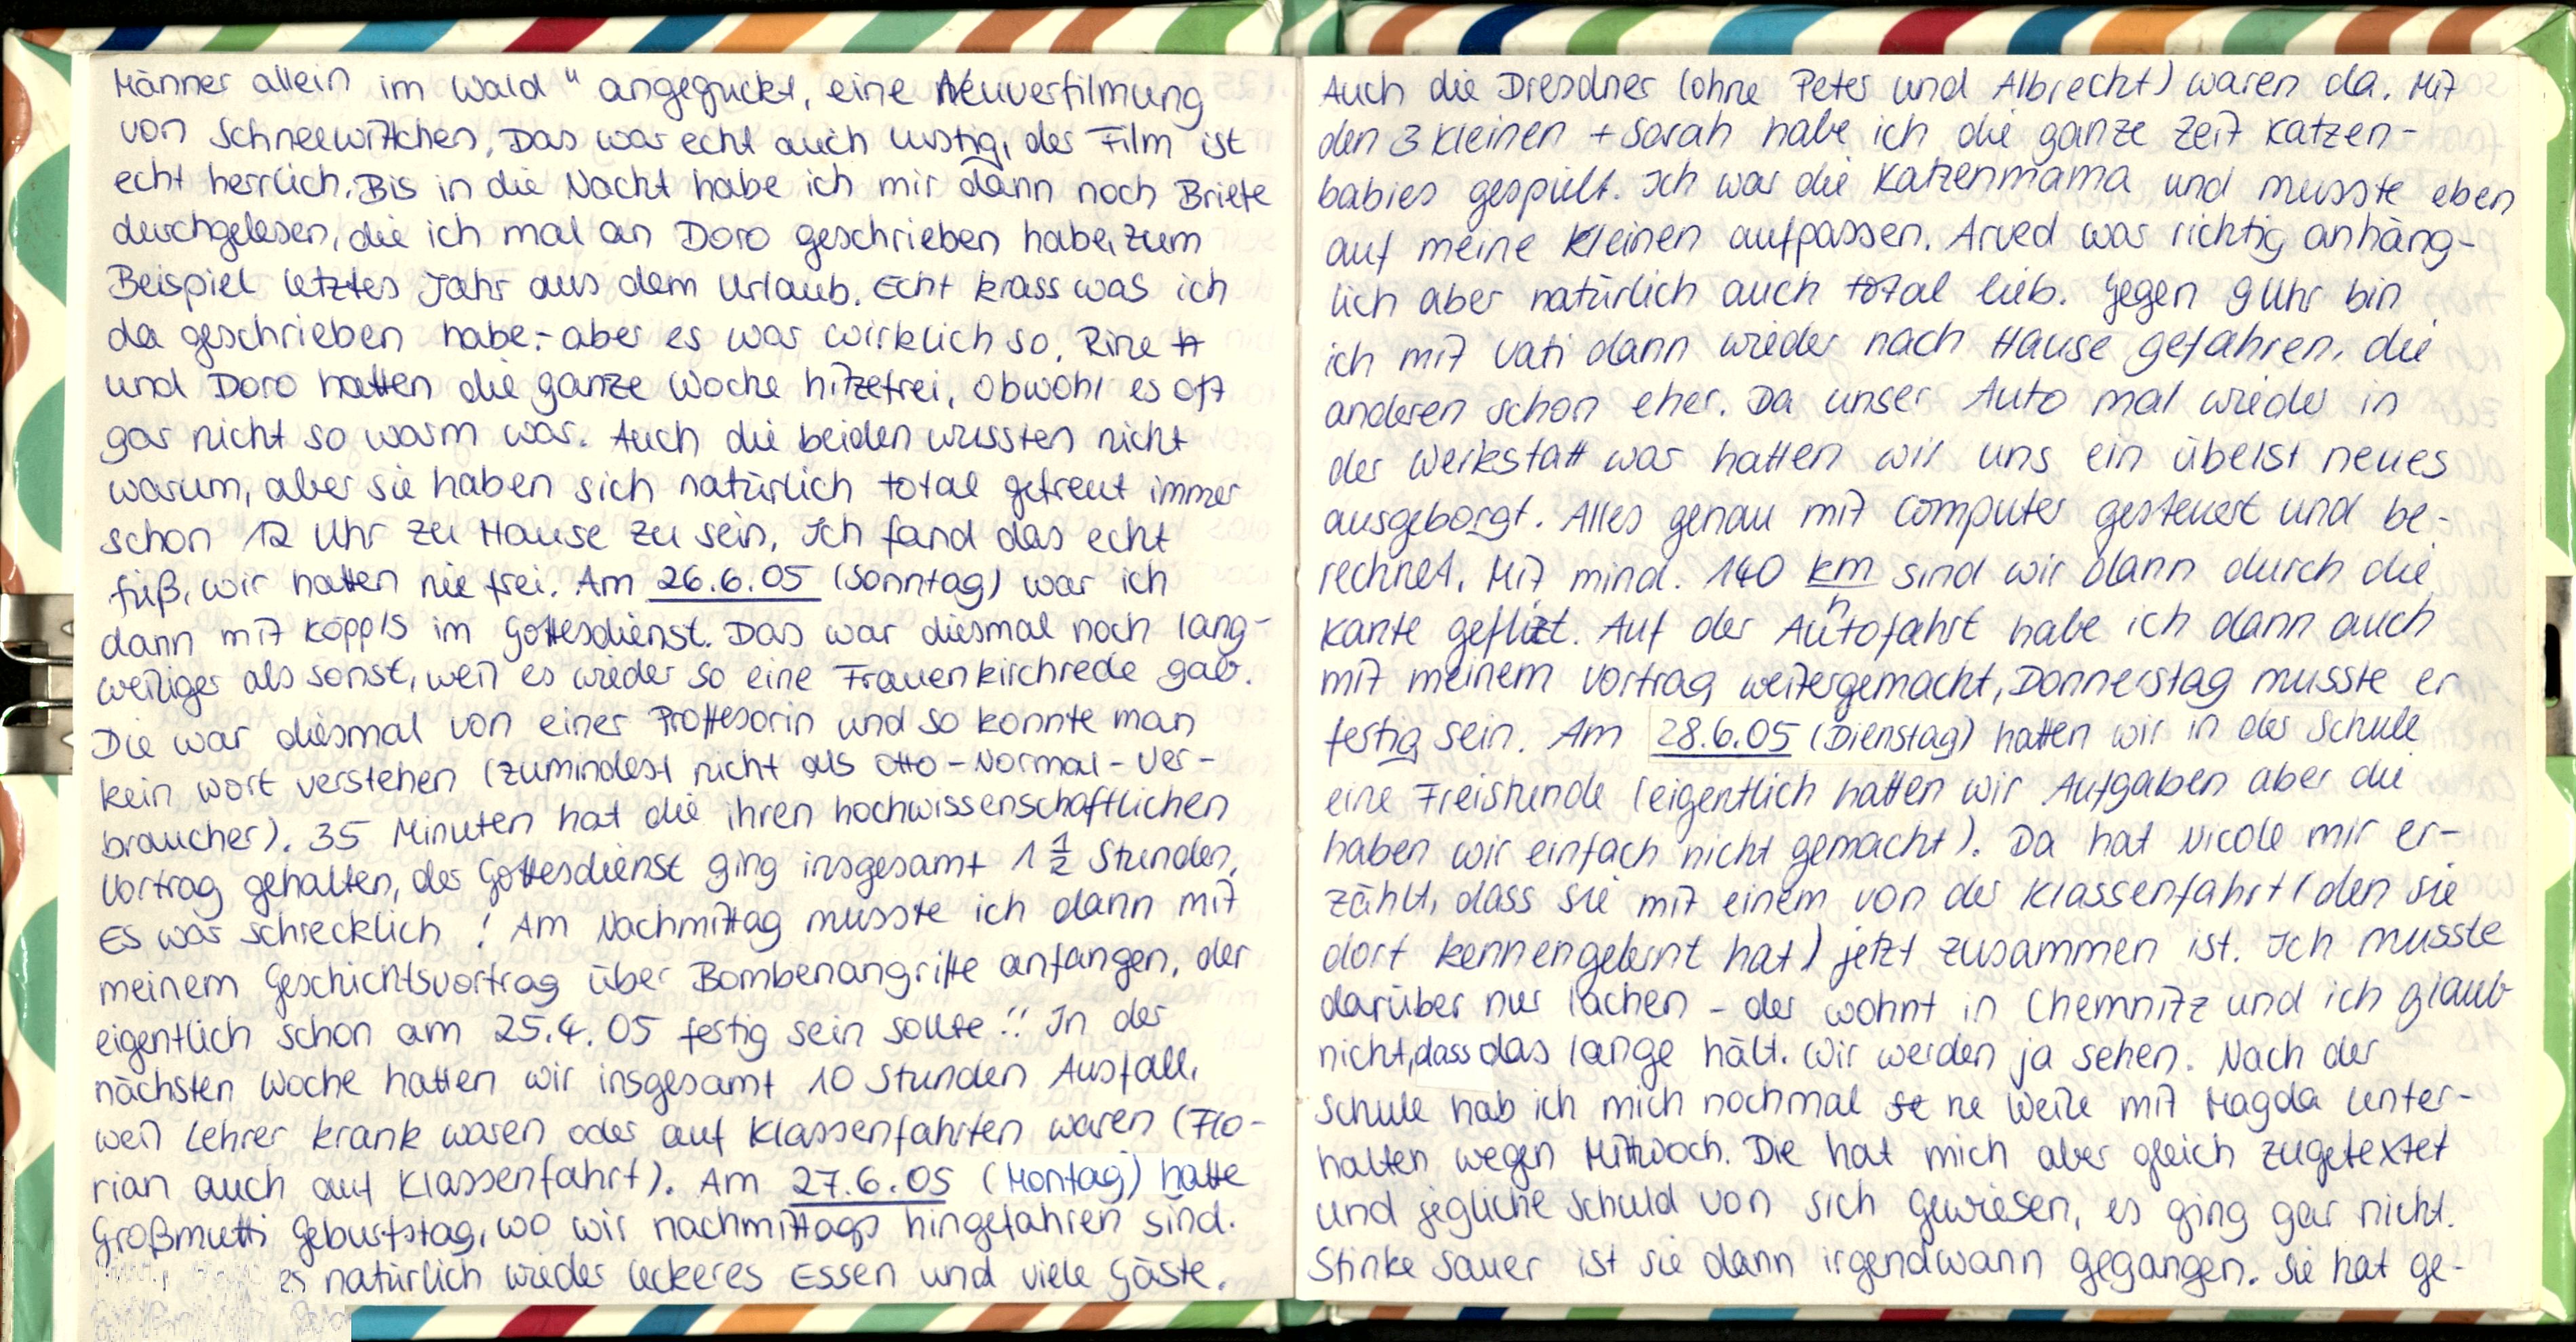
Männer allein im Wald" angeguckt, eine Neuverfilmung
von Schneewittchen. Das war echt auch lustig, der Film ist
echt herrlich. Bis in die Nacht habe ich mir dann noch Briefe
durchgelesen, die ich mal an Doro geschrieben habe, zum
Beispiel letztes Jahr aus dem Urlaub. Echt krass was ich
da geschrieben habe - aber es war wirklich so Rine
und Doro hatten die ganze Woche hitzetrei, obwohl es oft
gar nicht so warm war. Auch die beiden wussten nicht
warum, aber sie haben sich natürlich total gefreut immer
schon 12 Uhr zu Hause zu sein. Ich fand das echt
fieß, wir hatten nie frei. Am 26.6.05 (Sonntag) war ich
dann mit Köppls im Gottesdienst. Das war diesmal noch lang-
weiliger als sonst, weil es wieder so eine Frauenkirchrede gab.
Die war diesmal von einer Proffesorin und so konnte man
kein Wort verstehen (zumindest nicht als Otto - Normal - Ver-
braucher). 35 Minuten hat die ihren hochwissenschaftlichen
Vortrag gehalten, der Gottesdienst ging insgesamt 1½ Stunden
Es war schrecklich! Am Nachmittag musste ich dann mit
meinem Geschichtsvortrag über Bombenangriffe anfangen, der
eigentlich schon am 25.4.05 fertig sein sollte!! In der
nächsten Woche hatten wir insgesamt 10 Stunden Ausfall,
weil lehrer krank waren oder auf Klassenfahrten waren (Flo-
rian auch auf Klassenfahrt). Am 27.6.05 (Montag) hatte
Großmutti Geburtstag, wo wir nachmittags hingefahren sind.
es natürlich wieder leckeres Essen und viele Gaste.

Auch die Dresdner (ohne Peter und Albrecht) waren da. Mit
den 3 Kleinen + Sarah habe ich die ganze Zeit Katzen-
babies gespielt. Ich war die Katzenmama und musste eben
auf meine kleinen aufpassen. Arved war richtig anhäng-
lich aber natürlich auch total lieb. Gegen 9Uhr bin
ich mit Vati dann wieder nach Hause gefahren, die
anderen schon eher. Da unser Auto mal wieder in
der Werkstatt war hatten wir uns ein übelst neues
ausgeborgt. Alles genau mit Computer gesteuert und be-
rechnet. Mit mind. 140 km sind wir dann durch die
Kante geflizt. Auf der Autofahrt habe ich dann auch
mit meinem Vortrag weitergemacht, Donnerstag musste er
fertig sein. Am 28.6.05 (Dienstag) hatten wir in der Schule
eine Freistunde (eigentlich hatten wir Aufgaben aber die
haben wir einfach nicht gemacht). Da hat Nicole mir er-
zählt, dass sie mit einem von der Klassenfahrt (den sie
dort kennengelernt hat) jetzt zusammen ist. Ich musste
darüber nur lachen - der wohnt in Chemnitz und ich glaub
nicht, dass das lange hält. Wir werden ja sehen. Nach der
Schule hab ich mich nochmal ne Weile mit Magda unter-
halten wegen Mittwoch. Die hat mich aber gleich zugetextet
und jegliche Schuld von sich gewiesen, es ging gar nicht.
Stinke sauer ist sie dann irgendwann gegangen. Sie hat ge-